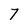
Character: 7